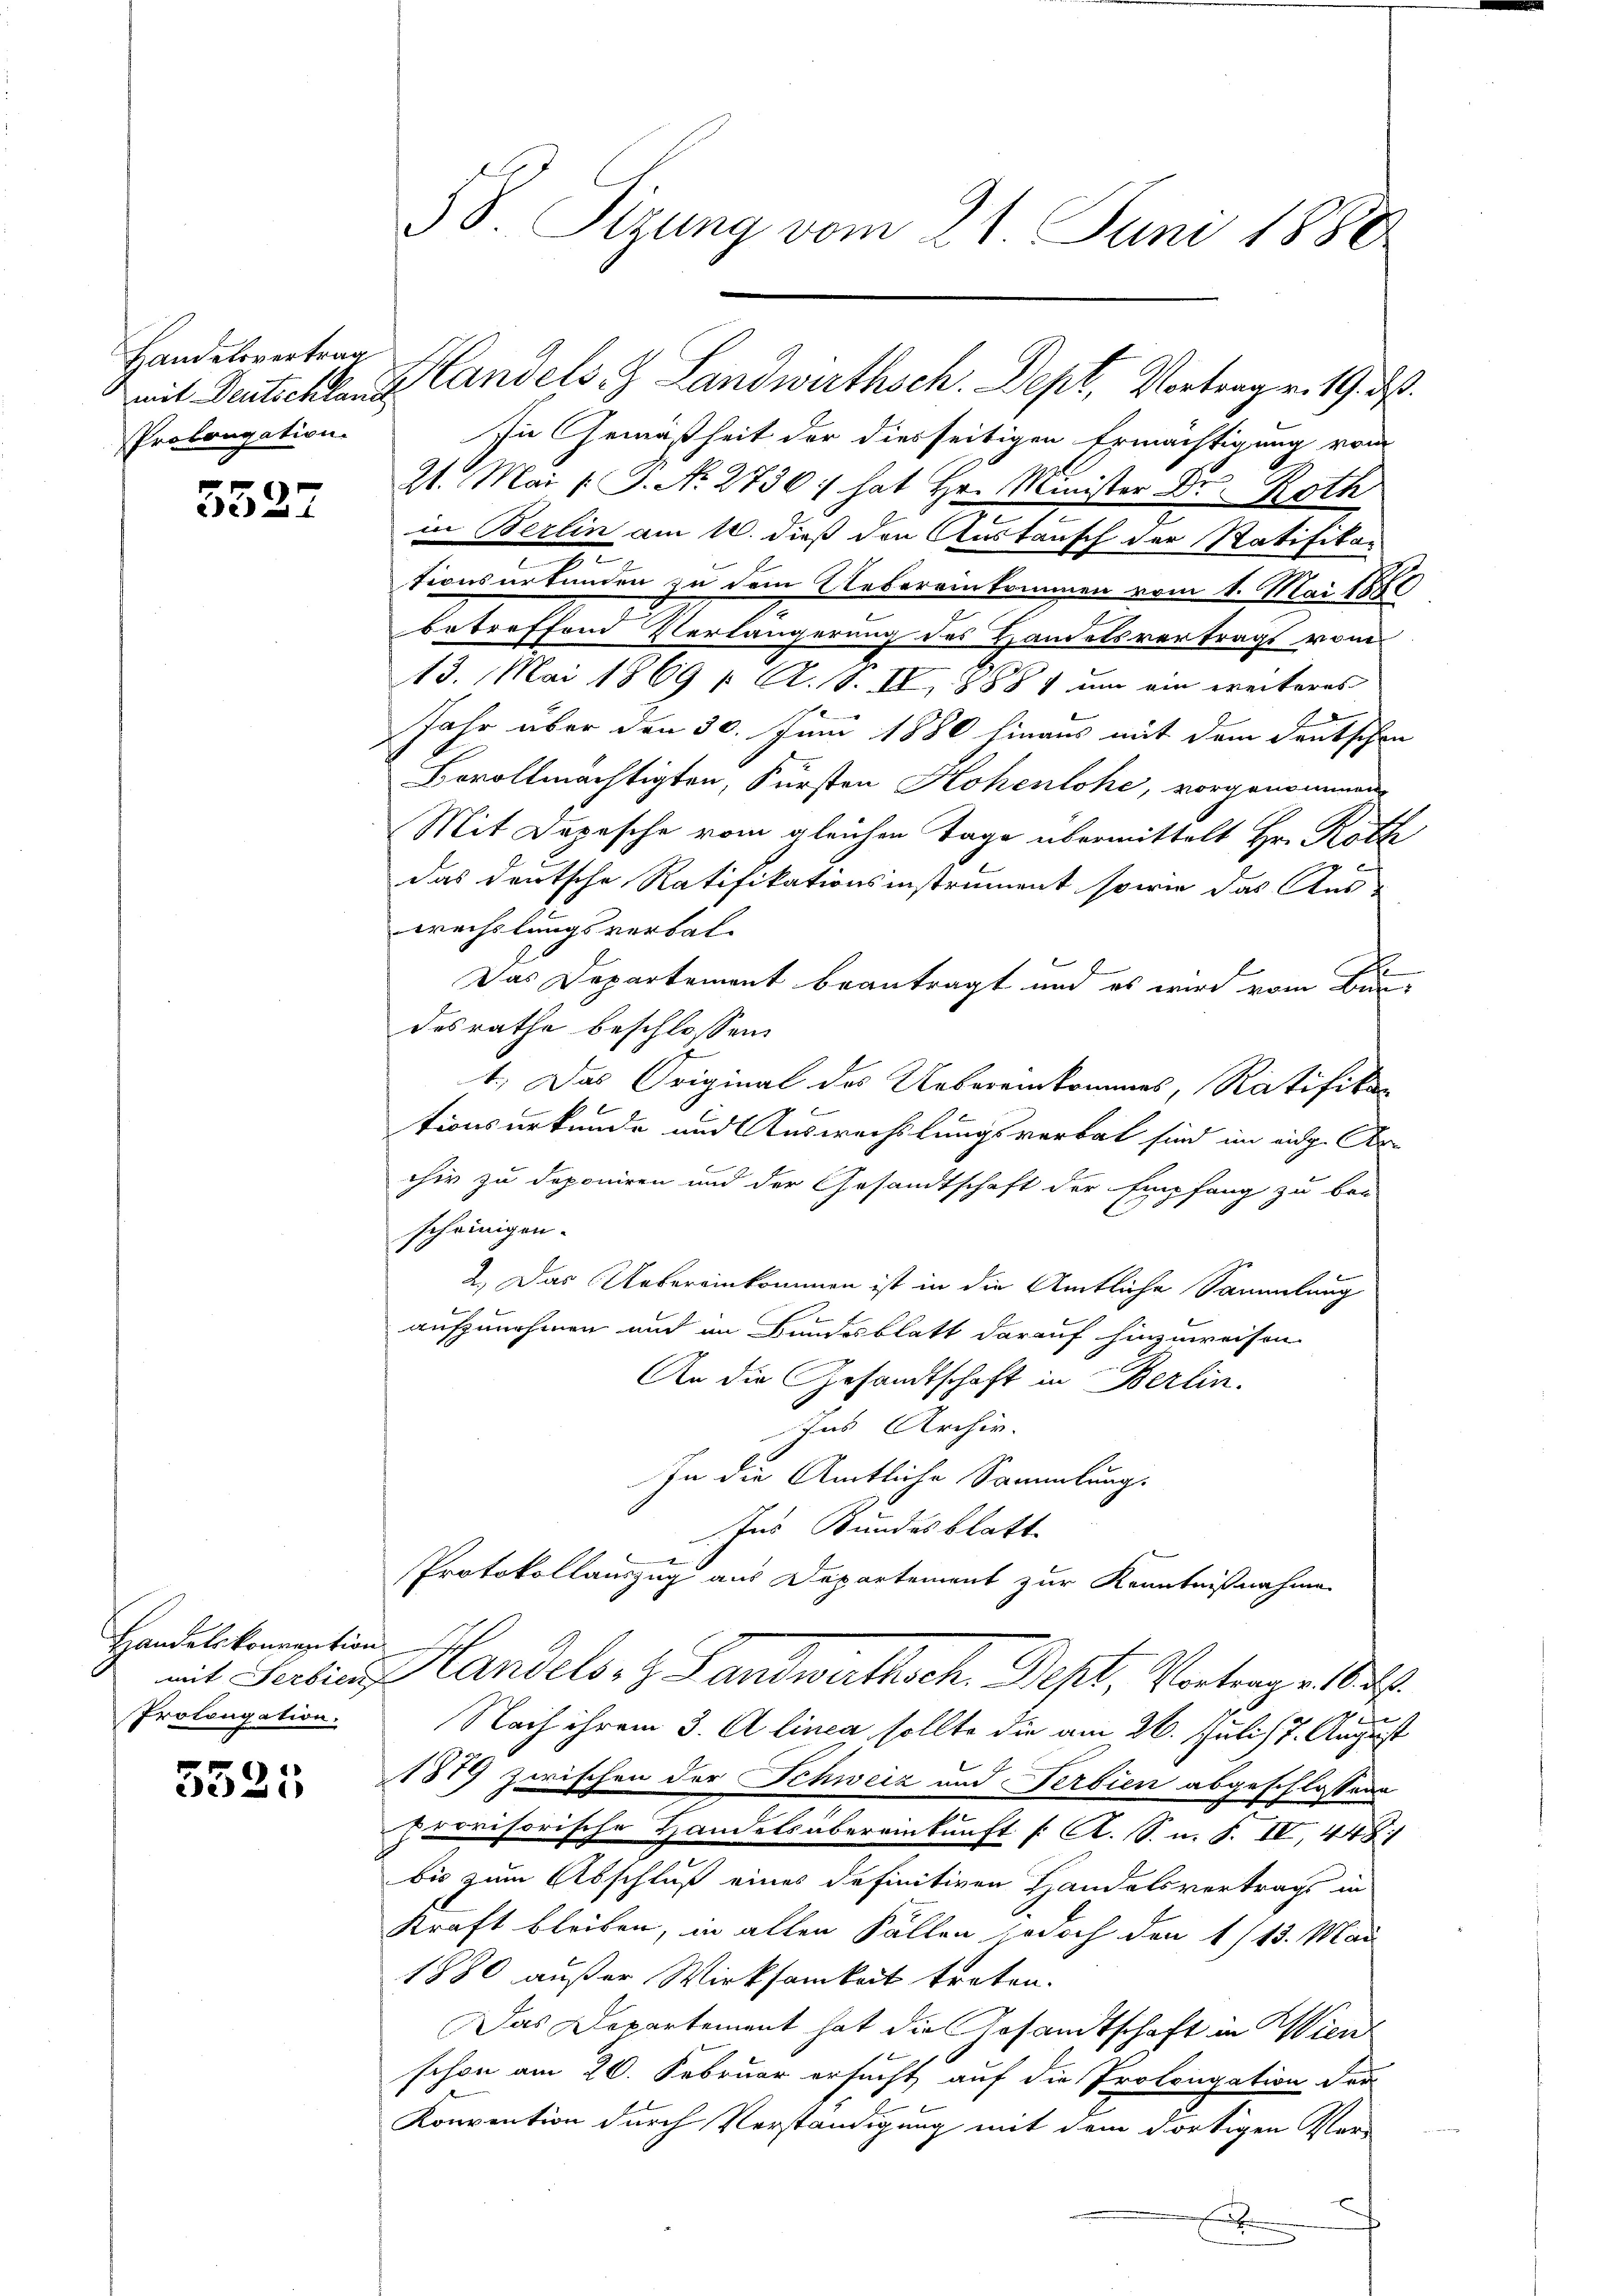
Handelsvertrag
Prolongation

5527

Handelskonvention
Prolongation.

5521,

58. Sizung vom 21. Juni 1880.

In Gemäßheit der diesseitigen Ermächtigung vom
21. Mai l. J. N. 2736) hat Hr. Minister Dr. Roth
in Berlin am 12. dieß den Austausch der Ratifikan
c
tionsurkunden zu dem Uebereinkommen vom 1. Mai 1880
betreffend Verlängerung des Handelsvertrags vom
13. Mai 1869 1 Al. 18. II, 1888) nun ein weiteres
Jahr über den 30. Juni 1880 hinaus mit dem deutschen
Bovollmächtigten, Fürsten Hohenlohe, vorgenommen
Mit Depesche vom gleichen Tage übermittelt Hr. Roth
das deutsche Ratifikationsinstrument, sowie das Aus-
wechslungsverbal-
Das Departement beantragt und es wird vom Bindesrathe beschlossen:
t. Das Original des Uebereinkommes, Ratifika
F
tionsurkunde und Auswechslungsverbat sind im eidg. Ar-
chir zu deponiren und der Gesandtschaft der Empfang zu bei-
scheinigen.
2.) Das Uebereinkommen ist in die Amtliche Sammlung
aufzunehmen und im Bundesblatt darauf hinzuweisen.
An die Gesandtschaft in Berlin.
Ins Archiv.
In die Amtliche Sammlung.
Ins Bundesblatt
Protokollauszug aus Departement zur Kenntnißnahme
mit Fertin andels- & Landwirthsch. Dept, Vortrage u.
Nach ihrem 3. Alinea sollte die am 26. Juli 17. August
1879 zwischen der Schweiz und Verbien abgeschlossene
provisorische Handelsübereinkunft /: K. S. n. F. IV, 448
bis zum Abschluß eines definitiven Handelsvertrags in
Kraft bleiben, in allen Fällen jedoch den 1/13. Mai
1880 außer Wirksamkeit treten.
Das Departement hat die Gesandtschaft in Wien
schon am 20. Februar ersucht auf die Prolongation der
Konvention durch Verständigung mit dem dortigen Ver-
x

mit Deutschland Candels J. Landwirthsch. Dept, Vortrage. 19. d.